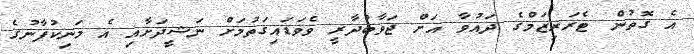
އެ ގޮތުން ޓެރަރިޒަމްގެ ދައުވާ އަށް ޖަވާބުދާރީ ވެވަޑައިގަތުމަށް ނަޝީދަށާއި އެ މަނިކުފާނުގެ